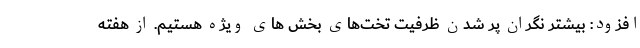
افزود: بیشتر نگران پر شدن ظرفیت تخت‌های بخش های ویژه هستیم. از هفته